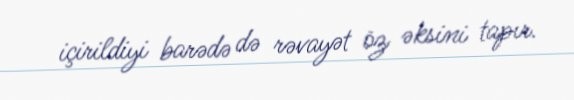
içirildiyi barədə də rəvayət öz əksini tapır.